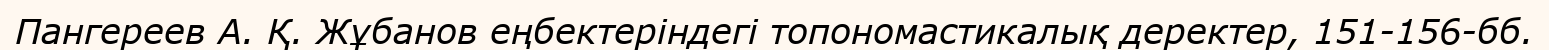
Пангереев А. Қ. Жұбанов еңбектеріндегі топономастикалық деректер, 151-156-бб.